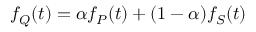
f _ { Q } ( t ) = \alpha f _ { P } ( t ) + ( 1 - \alpha ) f _ { S } ( t )